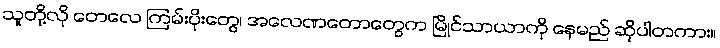
သူတို့လို တေလေ ကြမ်းပိုးတွေ၊ အလေဏတောတွေက မြိုင်သာယာကို နေမည် ဆိုပါတကား။